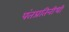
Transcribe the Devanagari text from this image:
पंतप्रतिनीधी